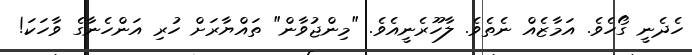
ހެދެނީ ގޯހެވެ. އަމާޒެއް ނެތެވެ. ލާހޫރެނީއެވެ. "މިންޖުވާން" ތައްޔާރަށް ހުރި އަންހެނާގެ ވާހަކަ!